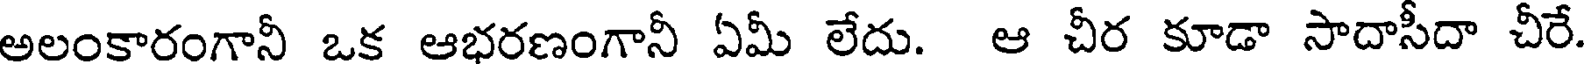
అలంకారంగానీ ఒక ఆభరణంగానీ ఏమీ లేదు. ఆ చీర కూడా సాదాసీదా చీరే